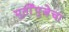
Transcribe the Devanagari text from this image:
मुर्तीपुजेचा